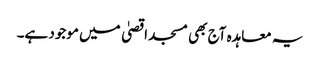
یہ معاہدہ آج بھی مسجد اقصیٰ میں موجود ہے۔